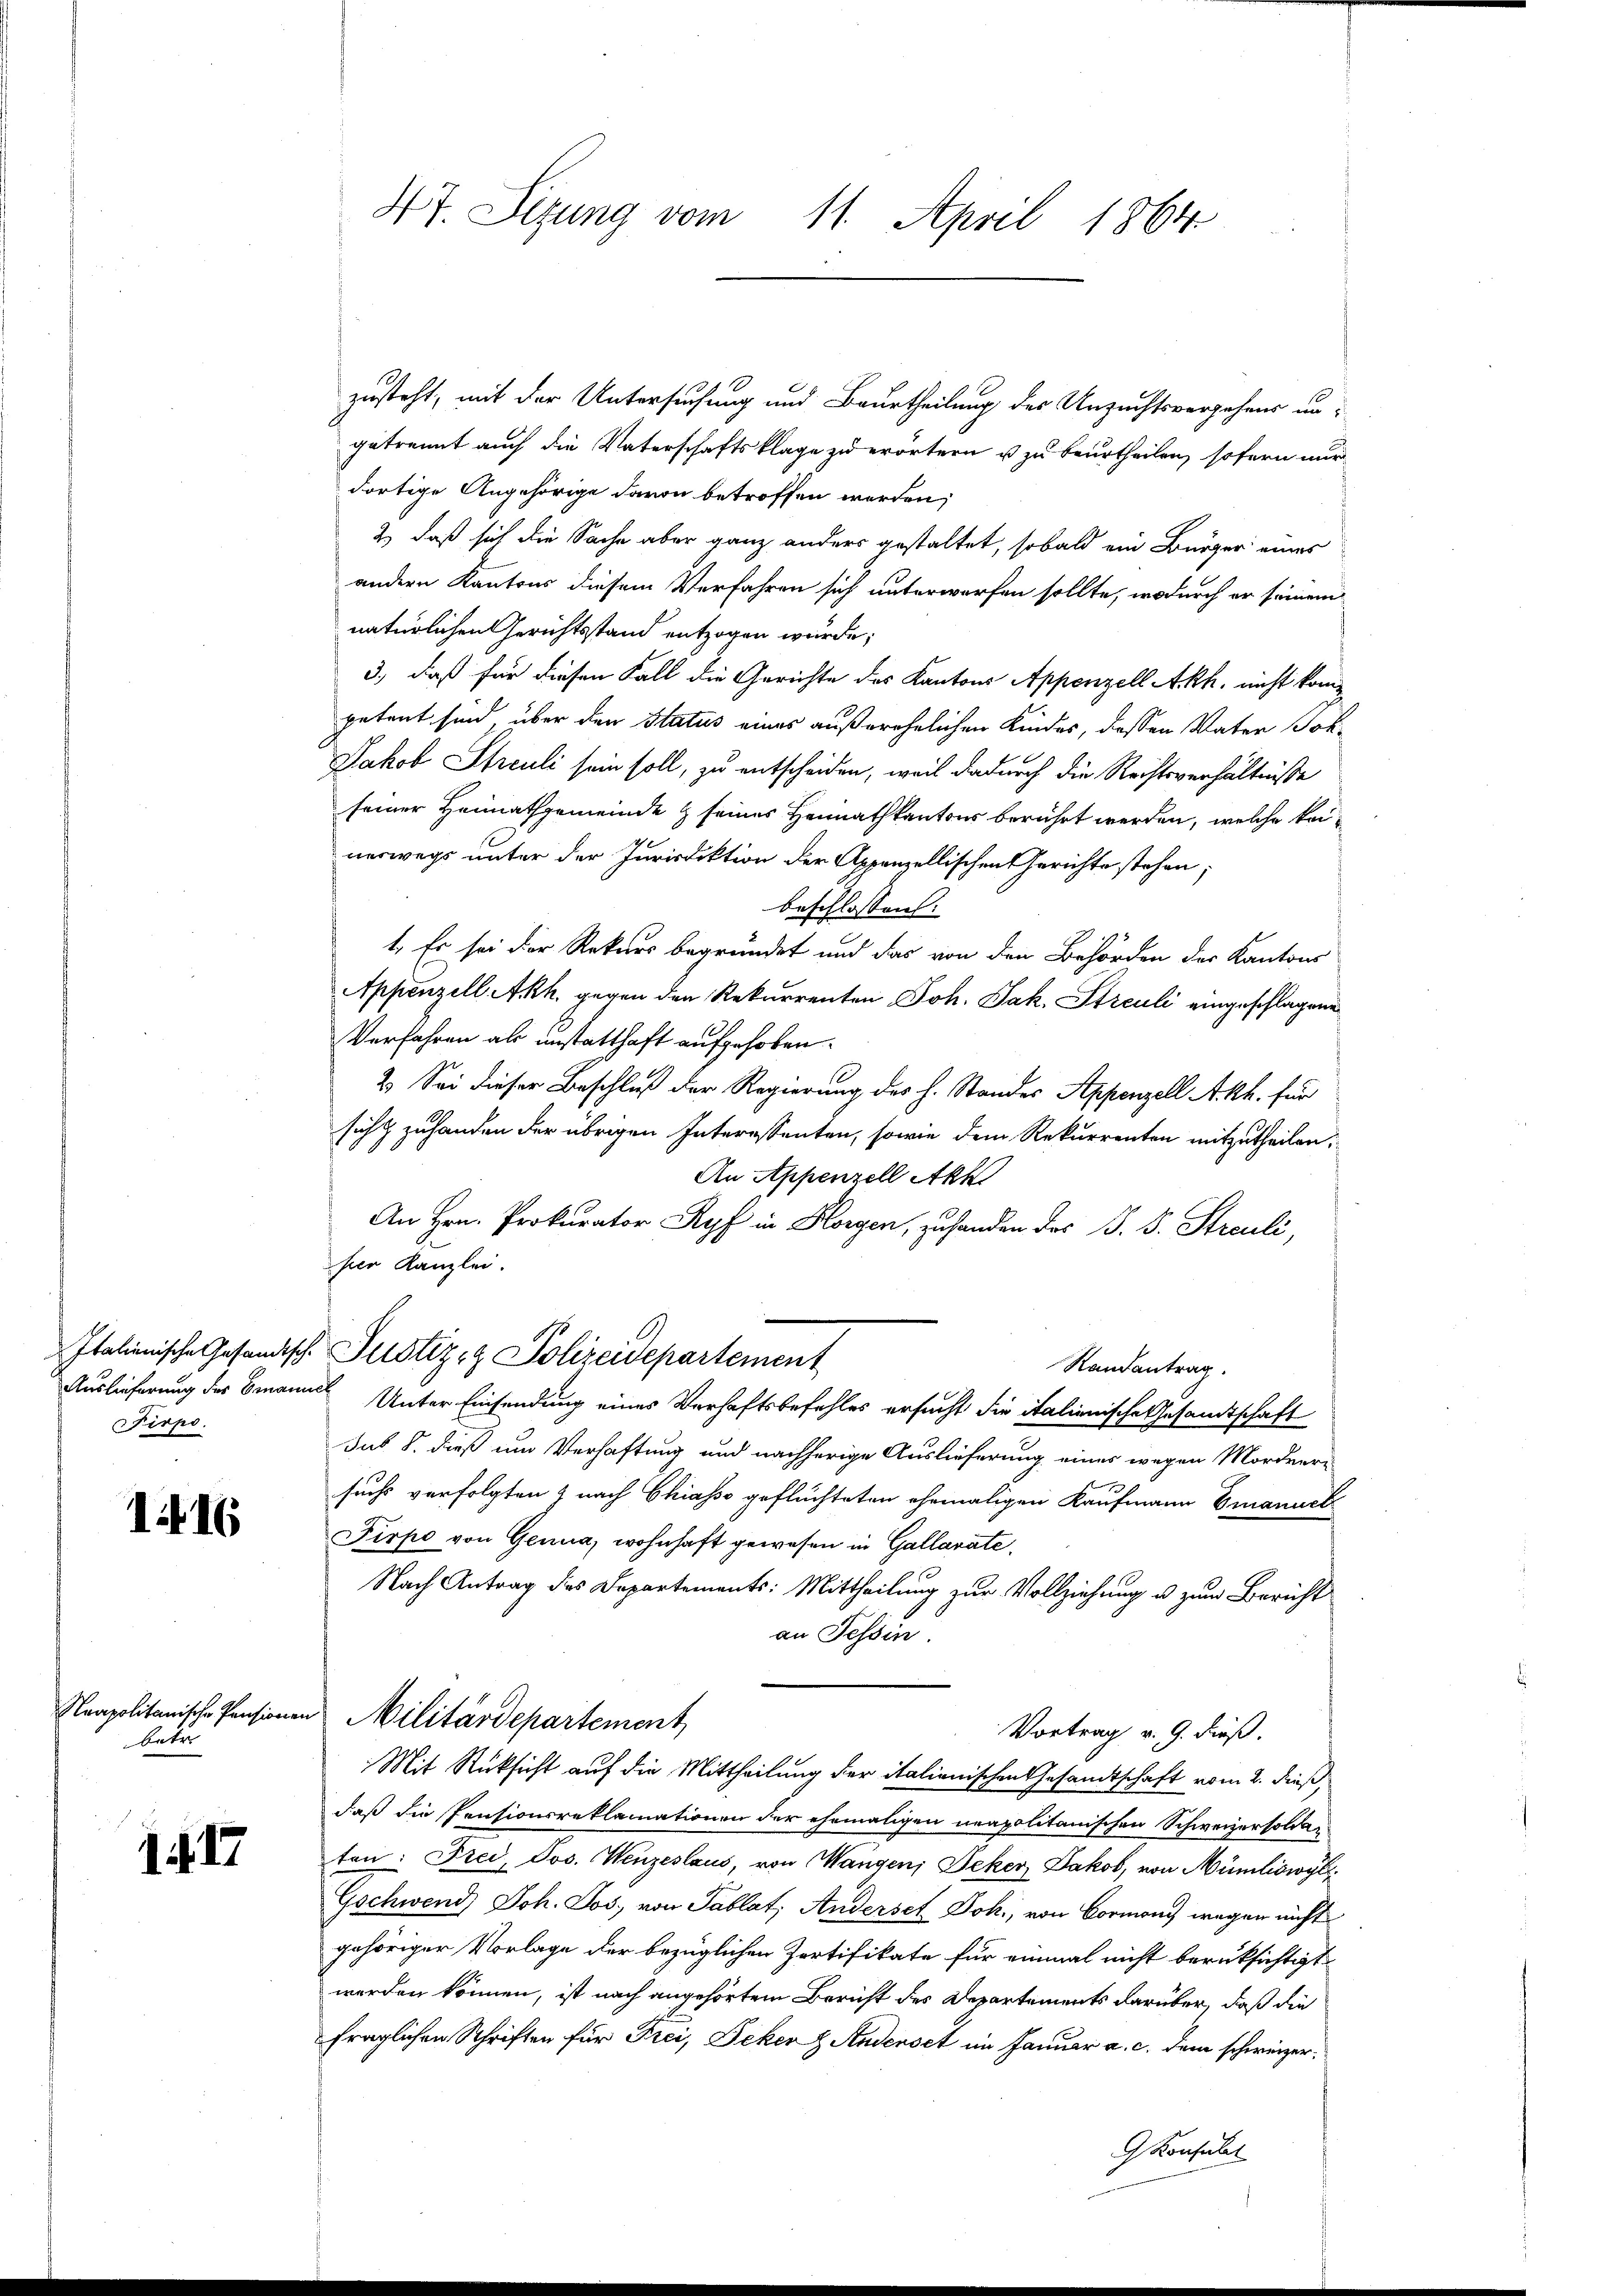
irpo.

1416

betr.

1417

Ht. Sezung vom 11. April 1864

zusteht, mit der Untersuchung und Beurtheilung des Unzuchtsvergehens ungetrennt auch die Vaterschaftsklage zu erörtern u zu beurtheilen, sofern nur
dortige Angehörige davon betroffen werden,
2) daß sich die Sache aber ganz anders gestaltet, sobald ein Bürger eines
andern Kantons diesem Verfahren sich unterworfen sollte, wodurch er seinem
natürlichen Gerichtsstand entzogen wurde;
3., daß für diesen Fall die Gerichte des Kantons Appenzell Akh. nicht kompetent sind über den Status eines außerehelichen Kindes, dessen Vater Joh¬
Jakob Streuli sein soll, zu entscheiden, weil dadurch die Rechtsverhältnisse
seiner Heimathgemeinde & seines Heimathkantons berührt werden, welche keinerwegs unter der Jurisdiktion der Appenzellischen Gerichte stehen;
beschlossen:
1. Es sei der Rekurs begründet und das von den Behörden der Kantons
Appenzell Akh. gegen den Rekurrenten Joh. Jak. Streuli eingeschlagene
Verfahren als unstatthaft aufgehoben.
2. Sei dieser Beschluß der Regierung des h. Standes Appenzell A.Rh. für
sich & zuhanden der übrigen Interessenten, sowie dem Rekurrenten mitzutheilen,
An Appenzell Akk
An Hrn. Prokurator Ryf in Horgen, zu handen des J. S. Streuli,
hier Kanzlei.
Italienische Gesandtsch. Justiz- & Polizeidepartement
Randantrag.
Auslieferung der Emanuel Unter Einsendung eines Verhaftsbefehles ersucht die italienische Gesandtschaft
Jus §. dieß um Verhaftung und nachherige Auslieferung eines wegen Mordner-
suchs verfolgten & nach Chiasso geflüchteten ehemaligen Kaufmann Emanuel
Pirpo von Genua, wohnhaft gewesen in Gallarate
Nach Antrag des Departements: Mittheilung zur Vollziehung u. zum Bericht
an Fessen
Neapolitanische Pensionen Militärdepartement,
Vortrag v. 9. dieß.
Mit Rücksicht auf die Mittheilung der italienischen Gesandtschaft vom 2. dieß,
daß die Pensionsreklamationen der ehemaligen neapolitanischen Schweizersoldaten: Frei, Jos. Wenzeslaus, von Wangen, Feker, Jakob, von Mümliswyl
Gschwend, Joh. Jos. von Tablat, Anderset Joh., von Vormoni wegen nicht
gehöriger Vorlage der bezüglichen Zortifikate für einmal nicht berüksichtigt
werden können, ist nach angehörtem Bericht des Departements darüber, daß die
fraglichen Schriften für Frei, Jeker H. Andenset im Januar a. c. dem schweizer¬
G Konsulat